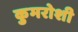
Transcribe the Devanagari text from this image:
कुमरोशी